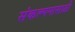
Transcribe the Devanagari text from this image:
संकल्पनासाठी